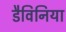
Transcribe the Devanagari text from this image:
डैविनिया